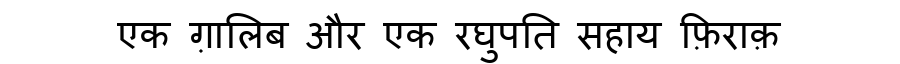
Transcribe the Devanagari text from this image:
एक ग़ालिब और एक रघुपति सहाय फ़िराक़